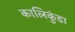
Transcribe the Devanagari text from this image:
कालिकुंडा